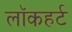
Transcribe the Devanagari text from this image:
लॉकहर्ट